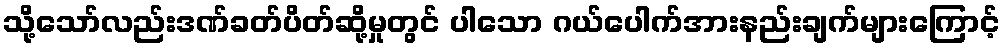
သို့သော်လည်းဒဏ်ခတ်ပိတ်ဆို့မှုတွင် ပါသော ဂယ်ပေါက်အားနည်းချက်များကြောင့်